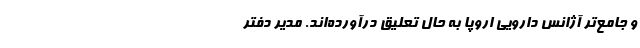
و جامع‌تر آژانس دارویی اروپا به حال تعلیق درآورده‌اند. مدیر دفتر